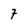
Character: 7